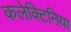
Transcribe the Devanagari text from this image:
कलेक्टिनिया